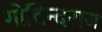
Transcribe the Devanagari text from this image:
गोविन्दराय